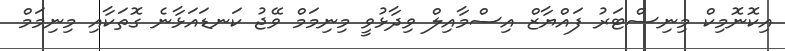
އިކޮނޮމިކް މިނިސްޓަރު ފައްޔާޒް އިސްމާއިލް ވިދާޅުވީ މިނިމަމް ވޭޖު ކަނޑައަޅާނެ ގޮތަކާއި މިނިމަމް